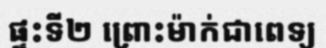
ផ្ទះទី២ ព្រោះម៉ាក់ជាពេទ្យ